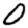
Digit: 0